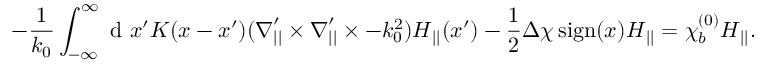
- \frac { 1 } { k _ { 0 } } \int _ { - \infty } ^ { \infty } \mathrm { ~ d ~ } x ^ { \prime } K ( x - x ^ { \prime } ) ( \ensuremath { \boldsymbol { \nabla } } _ { | | } ^ { \prime } \times \ensuremath { \boldsymbol { \nabla } } _ { | | } ^ { \prime } \times - k _ { 0 } ^ { 2 } ) \ensuremath { \boldsymbol { H } } _ { | | } ( x ^ { \prime } ) - \frac { 1 } { 2 } \Delta \chi \ensuremath { \operatorname { s i g n } } ( x ) \ensuremath { \boldsymbol { H } } _ { | | } = \chi _ { b } ^ { ( 0 ) } \ensuremath { \boldsymbol { H } } _ { | | } .